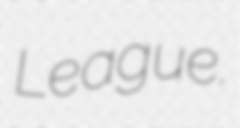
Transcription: League.